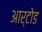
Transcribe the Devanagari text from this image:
आर्टोड